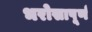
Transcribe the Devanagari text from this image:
भरोसापूर्ण